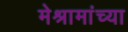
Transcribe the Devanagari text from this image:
मेश्रामांच्या